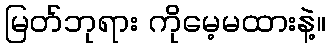
မြတ်ဘုရား ကိုမေ့မထားနဲ့။